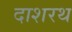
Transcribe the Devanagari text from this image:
दाशरथ